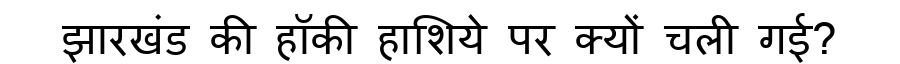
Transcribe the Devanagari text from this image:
झारखंड की हॉकी हाशिये पर क्यों चली गई?